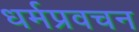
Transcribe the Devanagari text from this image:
धर्मप्रवचन